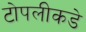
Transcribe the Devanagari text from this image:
टोपलीकडे